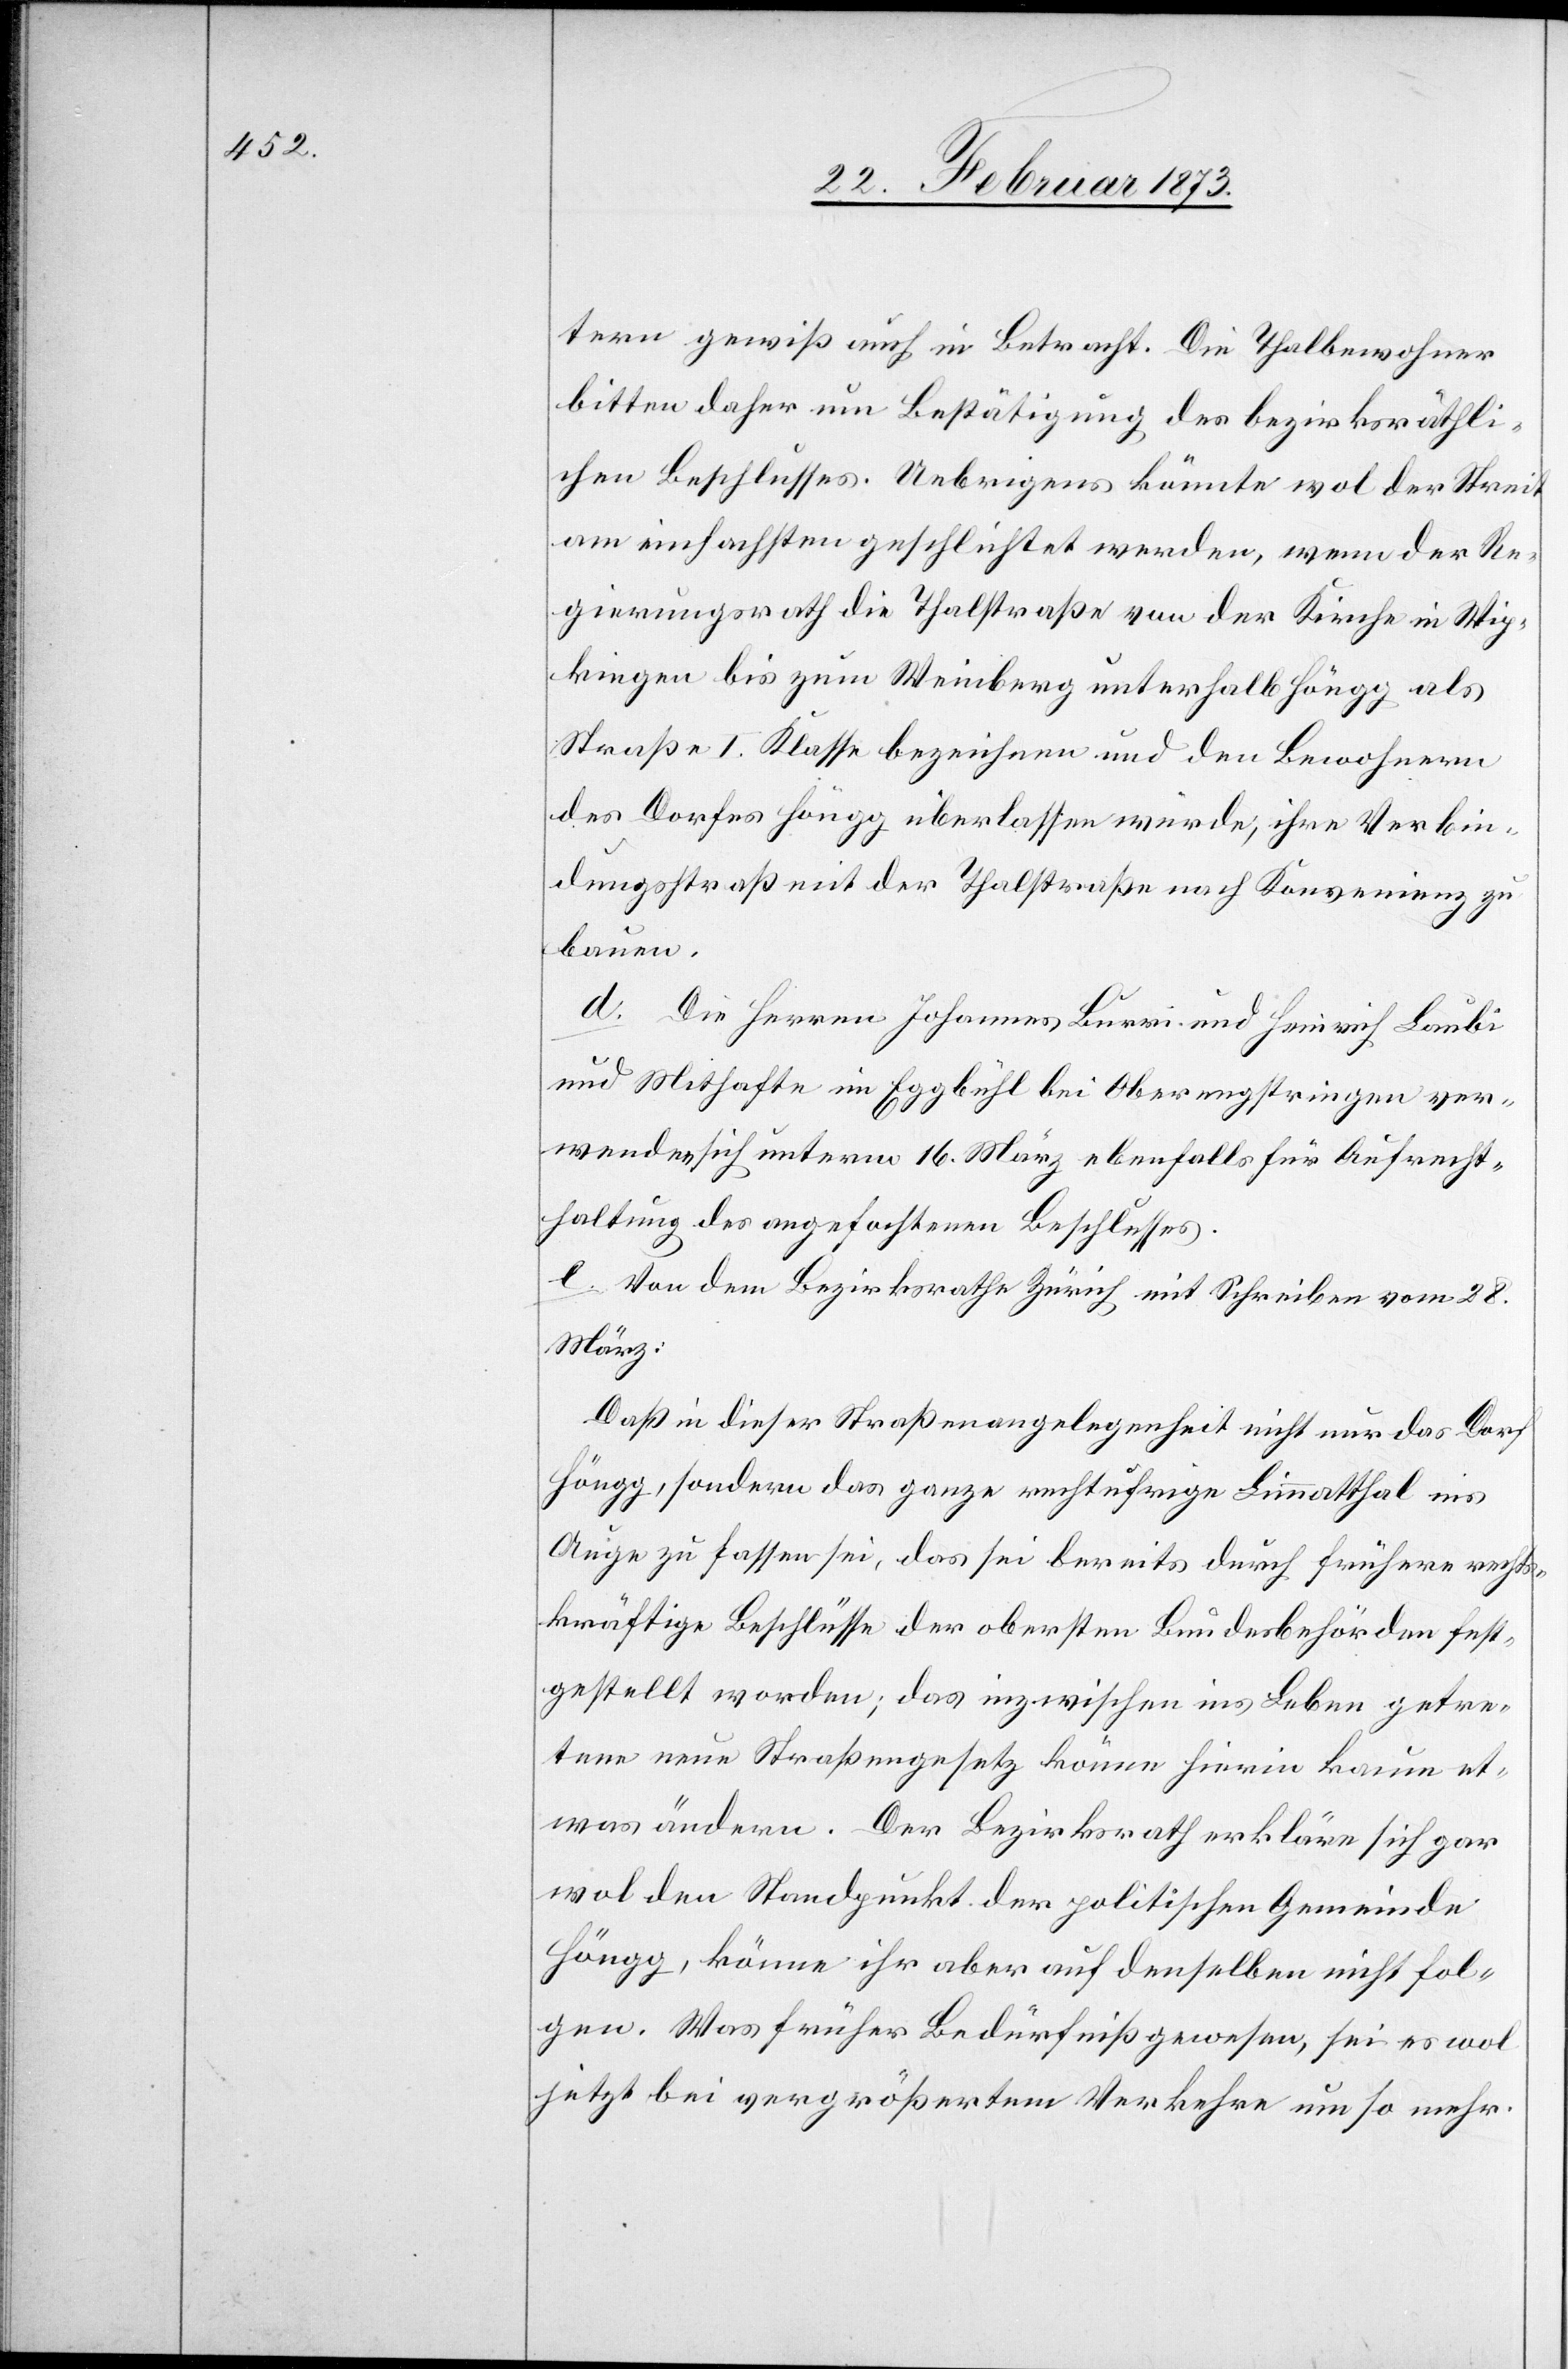
tern gewiß auch in Betracht. Die Thalbewohner
bitten daher um Bestätigung des bezirksräthli¬
chen Beschlusses. Uebrigens könnte wol der Streit
am einfachsten geschlichtet werden, wenn der Re¬
gierungsrath die Thalstraße von der Kirche in Wip¬
kingen bis zum Weinberg unterhalb Höngg als
Straße I. Klasse bezeichnen und den Bewohnern
des Dorfes Höngg überlassen würde, ihre Verbin¬
dungsstraß[e] mit der Thalstraße nach Konvenienz zu
bauen.
d. Die Herren Johannes Burri und Heinrich Laubi
und Mithafte im Eggbühl bei Oberengstringen ver¬
wenden sich unterm 16. März ebenfalls für Aufrecht¬
haltung des angefochtenen Beschlusses.
e. Von dem Bezirksrathe Zürich mit Schreiben vom 28.
März:
Daß in dieser Straßenangelegenheit nicht nur das Dorf
Höngg, sondern das ganze rechtufrige Limmatthal ins
Auge zu fassen sei, das sei bereits durch frühere rechts¬
kräftige Beschlüsse der obersten Bundesbehörden fest¬
gestellt worden; das inzwischen ins Leben getre¬
tene neue Straßengesetz könne hierin kaum et¬
was ändern. Der Bezirksrath erkläre sich gar
wol den Standpunkt der politischen Gemeinde
Höngg, könne ihr aber auf denselben nicht fol¬
gen. Was früher Bedürfniß gewesen, sei es wol
jetzt bei vergrößertem Verkehre um so mehr.